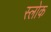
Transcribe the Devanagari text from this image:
स्लोक